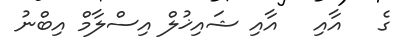
ގެ   އާއި   އާއި ޝައިޚުލް އިސްލާމް އިބްނު